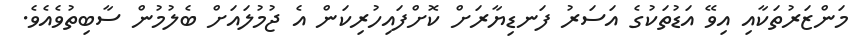
މަންޒަރުތަކާއި އިވޭ އަޑުތަކުގެ އަސަރު ފަނޑިޔާރަށް ކޮށްފައިހުރިކަން އެ ޖުމުލައަށް ބެލުމުން ސާބިތުވެއެވެ.